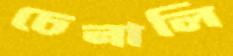
চেনালি